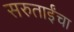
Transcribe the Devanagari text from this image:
सरुताईंचा